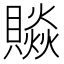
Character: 𧷼